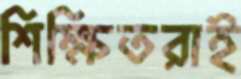
শিক্ষিতরাই